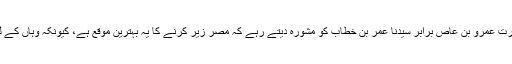
۶اھ میں بیت المقدس کی فتح کے بعد حضرت عمرو بن عاص برابر سیدنا عمر بن خطاب کو مشورہ دیتے رہے کہ مصر زیر کرنے کا یہ بہترین موقع ہے، کیونکہ وہاں کے لوگوں میں سخت بے چینی پائی جاتی ہے۔